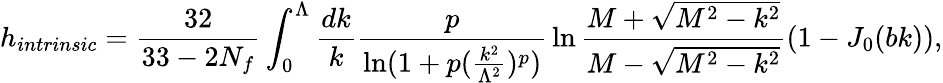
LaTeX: h_{intrinsic}={\frac{32}{33-2N_{f}}}\int_{0}^{\Lambda}{\frac{dk}{k}}{\frac{p}{\ln(1+p({\frac{k^{2}}{\Lambda^{2}}})^{p})}}\ln{\frac{M+\sqrt{M^{2}-k^{2}}}{M-\sqrt{M^{2}-k^{2}}}}(1-J_{0}(bk)),